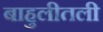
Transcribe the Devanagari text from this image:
बाहुलीतली